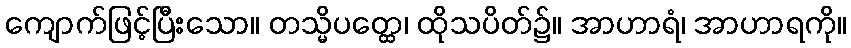
ကျောက်ဖြင့်ပြီးသော။ တသ္မိပတ္ထေ၊ ထိုသပိတ်၌။ အာဟာရံ၊ အာဟာရကို။